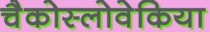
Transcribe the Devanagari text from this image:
चैकोस्लोवेकिया